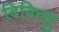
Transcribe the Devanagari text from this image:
विवित्सु